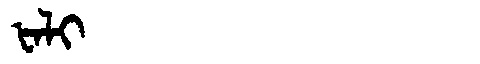
Manchu: ᡶᠠᠯᡳ
Romanization: FALI